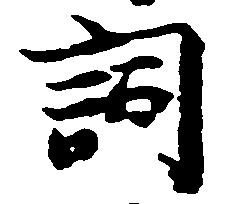
詞